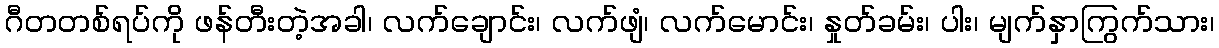
ဂီတတစ်ရပ်ကို ဖန်တီးတဲ့အခါ၊ လက်ချောင်း၊ လက်ဖျံ၊ လက်မောင်း၊ နှုတ်ခမ်း၊ ပါး၊ မျက်နှာကြွက်သား၊